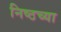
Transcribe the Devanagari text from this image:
निष्ठच्या